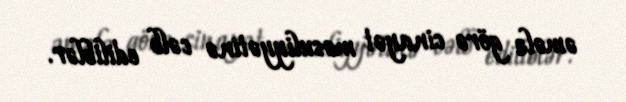
əmələ görə cinayət məsuliyyətinə cəlb ediliblər.